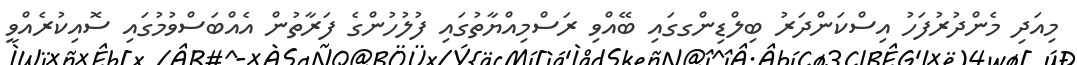
މިއަދި މެންދުރުފަހު އިސްކަންދަރު ބިލްޑިންގގައި ބޭއްވި ރަސްމިއްޔާތުގައި ފުލުހުންގެ ފަރާތުން އެއްބަސްވުމުގައި ސޮއިކުރެއްވީ